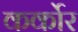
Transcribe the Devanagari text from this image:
कर्कोर